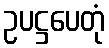
ဥပဋ္ဌပေတုံ